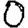
Digit: 0